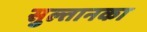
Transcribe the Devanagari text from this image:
सुल्तानका